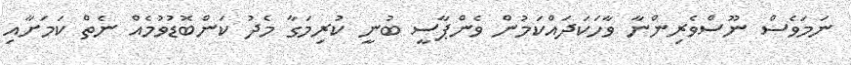
ނަމަވެސް ނޫސްވެރިންނާ ވާހަކަދައްކަމުން ވެންޕާސީ ބުނީ ކުރިމަގާ މެދު ކަންބޮޑުވުމެއް ނެތް ކަމަށާއި